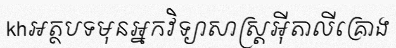
khអត្ថបទមុនអ្នកវិទ្យាសាស្ត្រអ៊ីតាលីគ្រោង